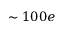
\sim 1 0 0 e